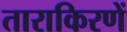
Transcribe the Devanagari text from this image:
ताराकिरणें